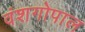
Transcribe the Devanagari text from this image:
वंशगोपाल